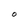
Character: O